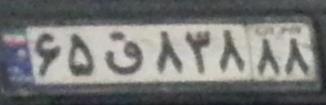
۶۵ق۸۳۸۸۸